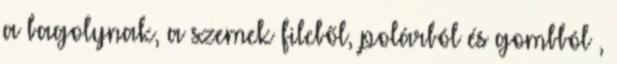
a bagolynak, a szemek filcből, polárból és gombból ,